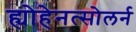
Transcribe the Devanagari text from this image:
ह्योहेनत्सोलर्न